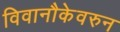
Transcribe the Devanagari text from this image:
विवानौकेवरुन